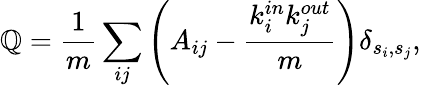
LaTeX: \mathbb{Q}=\frac{{1}}{{m}}\sum_{ij}\left(A_{ij}-\frac{{k_{i}^{in}k_{j}^{out}}}{{m}}\right)\delta_{s_{i},s_{j}},